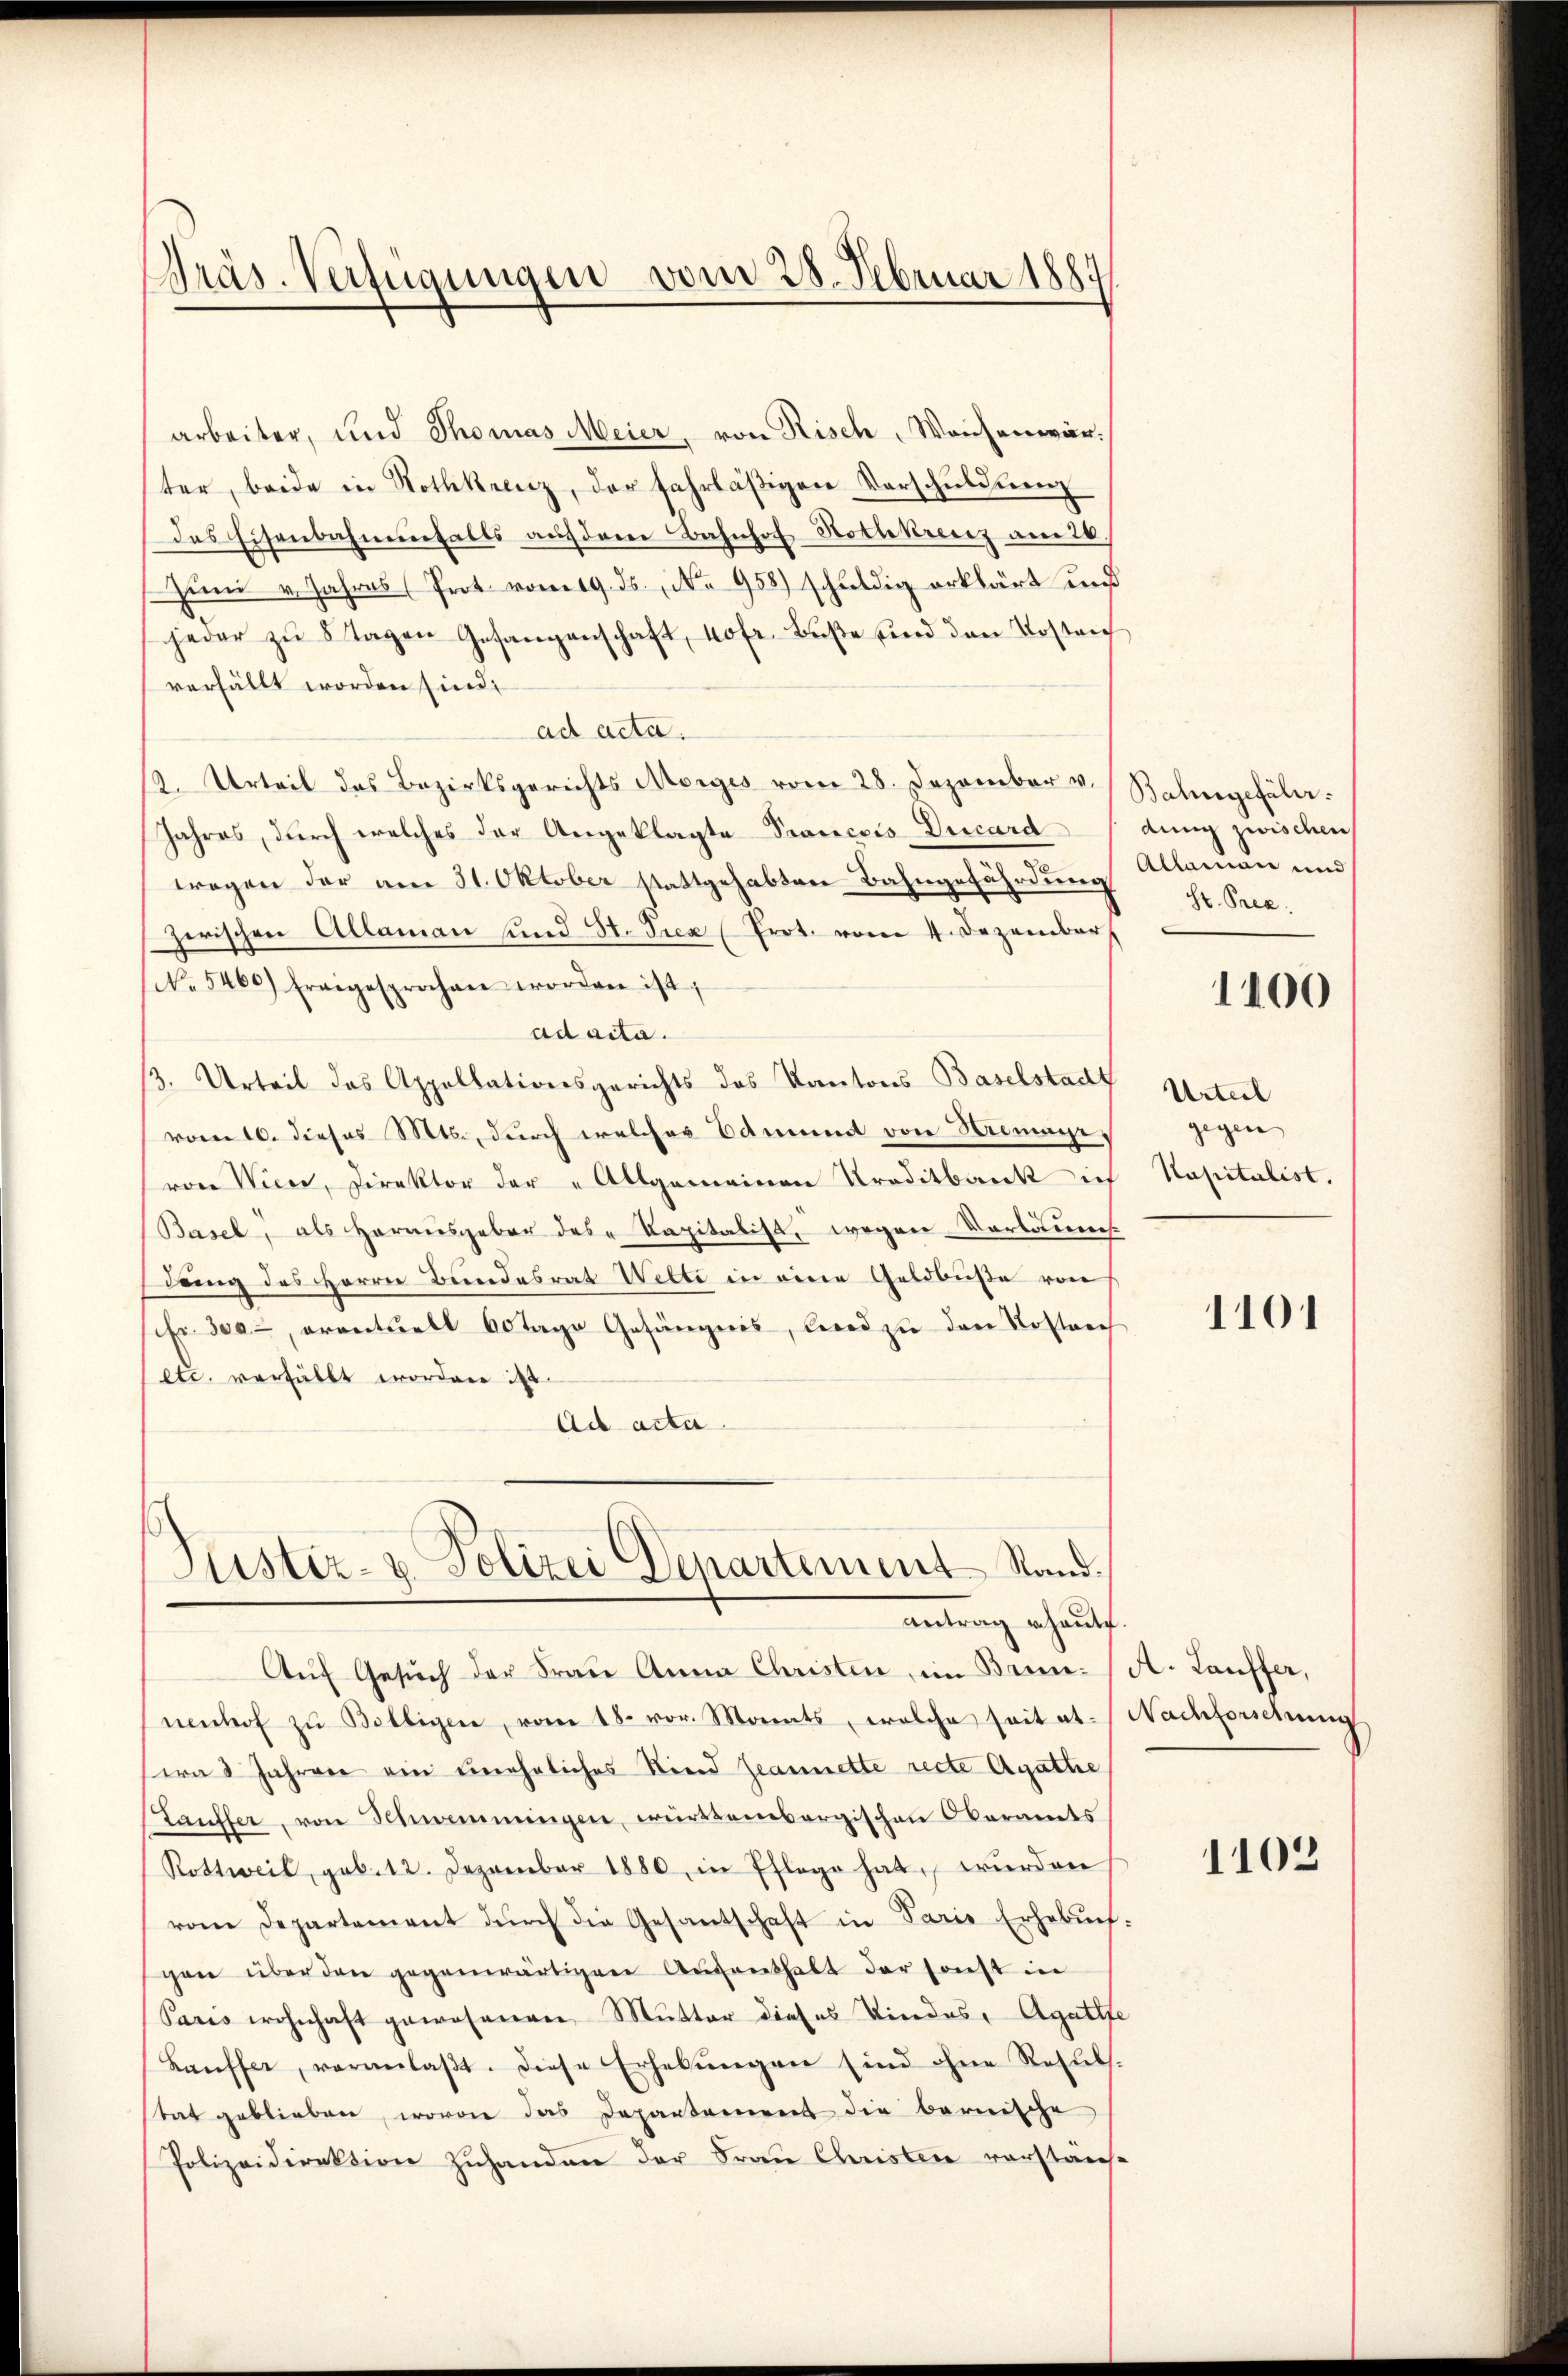
Präs. Verfügungen vom 28. Februar 1884

antrag erhautet

arbeiter, und Thomas Meier, von Risch, Waisenwärter, beide in Rothkreuz, der fahrläßigen Vorschuldung
das Eisenbahnenfalls auf dem Bahnhof Hothkreuz am 26.
Zŭm u. Jahres (Prot vom 19. ds. No. 958) schŭldig erklärt und
jeder zŭ 5 Tagen Gesangenschaft, 40 fr. Bŭβe sind den Kosten
verfällt worden sind.
ad acta.
12. Urteil des Bezirksgerichts Morges vom 28. Dezember v.
Jahres, durch welches der Angeklagte Prancois Ducard
wegen der am 31. Oktober stattgehabten Bahngefährdung
zerischen Allaman sind St. Trex (Prot. vom 4. Dezember
No 5460) freigesprochen worden ist;
ad acta.
3. Urteil das Appellationsgerichts des Kantons Baselstadt
vom 10. dieses Mts., durch welches Edmund von Niemanivon Wien, Direktor der „Allgemeinen Traditbank ich
Basel, als Herausgeben des Kapitalist, wegen Vorläumsdung des Herrn Bundesrath Wetti in eine Geldbuße von
(cfr. 300, eventuell Abtage Gefängnis, leid zu den Kostrich
etc. verfüllt worden ist.
Ad acta
Puster- & Polizei Departement Stand.

Auf Gesuch der Frau Anna Christen, im Brin: (A. Lauffer,
nenhof zu Bolligen, vom 18. vor. Morents, welche seitet. Nachforschung
eras Jahren ein uneheliches Kind Jeannette recte Agathe
Stauffer, von Schwammingen, württembergischen Oberamts
Rottweil, geb. 12. Dezember 1880, in Pflege hat, wurden
vom Departement durch die Gesantschaft in Paris Erhebun-
gen über den gegenwärtigen Augenthalt der sonst in
Paris wohnhaft gewesenen Mutter dieses Kindes, Agatte
Lauffer, veranlaßt. Diese Erhebungen sind ohne Resultat geblieben, wovon das Departement die bernische
Polizeidirektion zuhanden der Frau Christen vorstände

Bahngefäll.
dung zwischen
Allamäe und
St. Prec

1100

Urteil
gegen
Kapitalist.

1101

.
1102